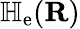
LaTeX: \mathbb{H}_{\mathrm{e}}(\mathbf{R})